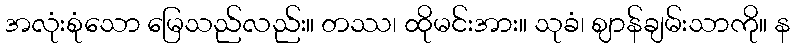
အလုံးစုံသော မြေသည်လည်း။ တဿ၊ ထိုမင်းအား။ သုခံ၊ ဈာန်ချမ်းသာကို။ န